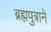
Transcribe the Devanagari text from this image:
ब्रह्मपुत्राने